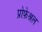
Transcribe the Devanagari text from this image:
प्रोफ़ेश्नल